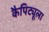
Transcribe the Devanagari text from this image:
कैपिट्यूला